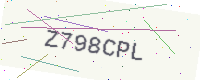
Text: Z798CPL